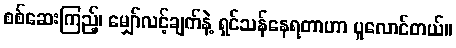
စစ်ဆေးကြည့်၊ မျှော်လင့်ချက်နဲ့ ရှင်သန်နေရတာဟာ ပူလောင်တယ်။